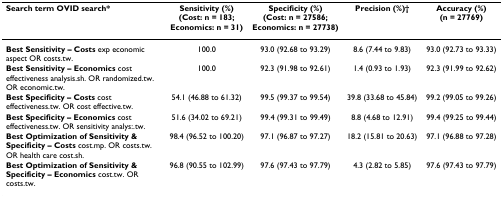
<table><thead><tr><td><b>Search term OVID search*</b></td><td><b>Sensitivity (%) (Cost: n = 183; Economics: n = 31)</b></td><td><b>Specificity (%) (Cost: n = 27586; Economics: n = 27738)</b></td><td><b>Precision (%)†</b></td><td><b>Accuracy (%) (n = 27769)</b></td></tr></thead><tbody><tr><td><b>Best Sensitivity – Costs </b>exp economic aspect OR costs.tw.</td><td>100.0</td><td>93.0 (92.68 to 93.29)</td><td>8.6 (7.44 to 9.83)</td><td>93.0 (92.73 to 93.33)</td></tr><tr><td><b>Best Sensitivity – Economics </b>cost effectiveness analysis.sh. OR randomized.tw. OR economic.tw.</td><td>100.0</td><td>92.3 (91.98 to 92.61)</td><td>1.4 (0.93 to 1.93)</td><td>92.3 (91.99 to 92.62)</td></tr><tr><td><b>Best Specificity – Costs </b>cost effectiveness.tw. OR cost effective.tw.</td><td>54.1 (46.88 to 61.32)</td><td>99.5 (99.37 to 99.54)</td><td>39.8 (33.68 to 45.84)</td><td>99.2 (99.05 to 99.26)</td></tr><tr><td><b>Best Specificity – Economics </b>cost effectiveness.tw. OR sensitivity analys:.tw.</td><td>51.6 (34.02 to 69.21)</td><td>99.4 (99.31 to 99.49)</td><td>8.8 (4.68 to 12.91)</td><td>99.4 (99.25 to 99.44)</td></tr><tr><td><b>Best Optimization of Sensitivity &amp; Specificity – Costs </b>cost.mp. OR costs.tw. OR health care cost.sh.</td><td>98.4 (96.52 to 100.20)</td><td>97.1 (96.87 to 97.27)</td><td>18.2 (15.81 to 20.63)</td><td>97.1 (96.88 to 97.28)</td></tr><tr><td><b>Best Optimization of Sensitivity &amp; Specificity – Economics </b>cost.tw. OR costs.tw.</td><td>96.8 (90.55 to 102.99)</td><td>97.6 (97.43 to 97.79)</td><td>4.3 (2.82 to 5.85)</td><td>97.6 (97.43 to 97.79)</td></tr></tbody></table>